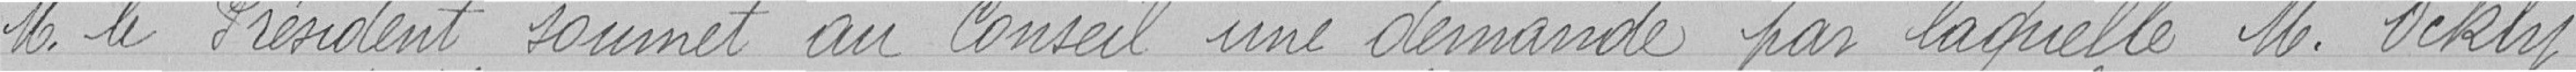
Monsieur le Président soumet au Conseil une demande par laquelle Monsieur Oekly